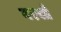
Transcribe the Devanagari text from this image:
वरसो